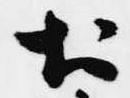
於